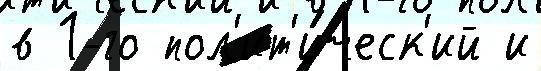
в 1-го пол'ит'и́ческ'ий и